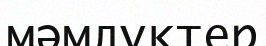
мәмлүктер